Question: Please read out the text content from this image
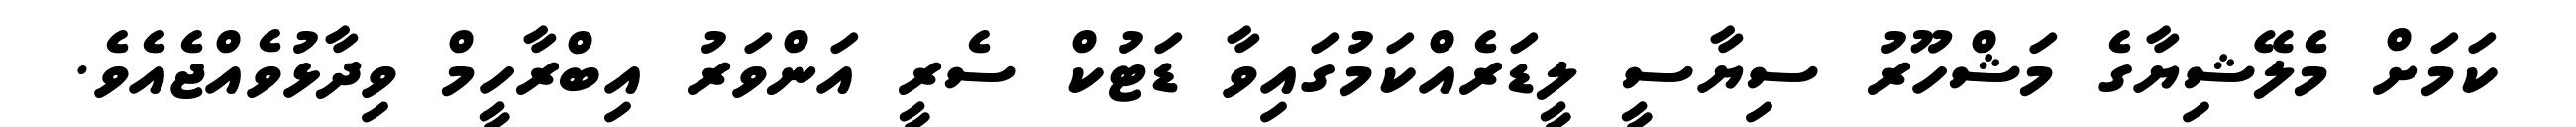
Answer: ކަމަށް މެލޭޝިޔާގެ މަޝްހޫރު ސިޔާސީ ލީޑަރެއްކަމުގައިވާ ޑަޓުކް ސެރީ އަންވަރު އިބްރާހީމް ވިދާޅުވެއްޖެއެވެ.